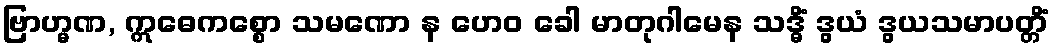
ဗြာဟ္မဏ, ဣဓေကစ္စော သမဏော န ဟေဝ ခေါ မာတုဂါမေန သဒ္ဓိံ ဒွယံ ဒွယသမာပတ္တိံ